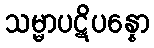
သမ္မာပဋိပန္နော